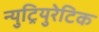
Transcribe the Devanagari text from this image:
न्युट्रियुरेटिक